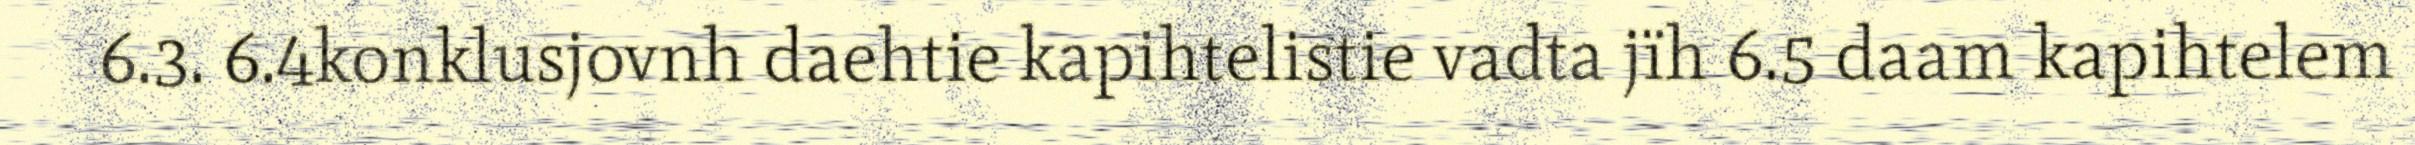
6.3. 6.4konklusjovnh daehtie kapihtelistie vadta jïh 6.5 daam kapihtelem